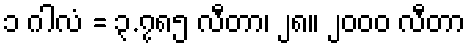
၁ ဂါလံ = ၃.၇၈၅ လီတာ၊ ၂၈။ ၂၀၀၀ လီတာ